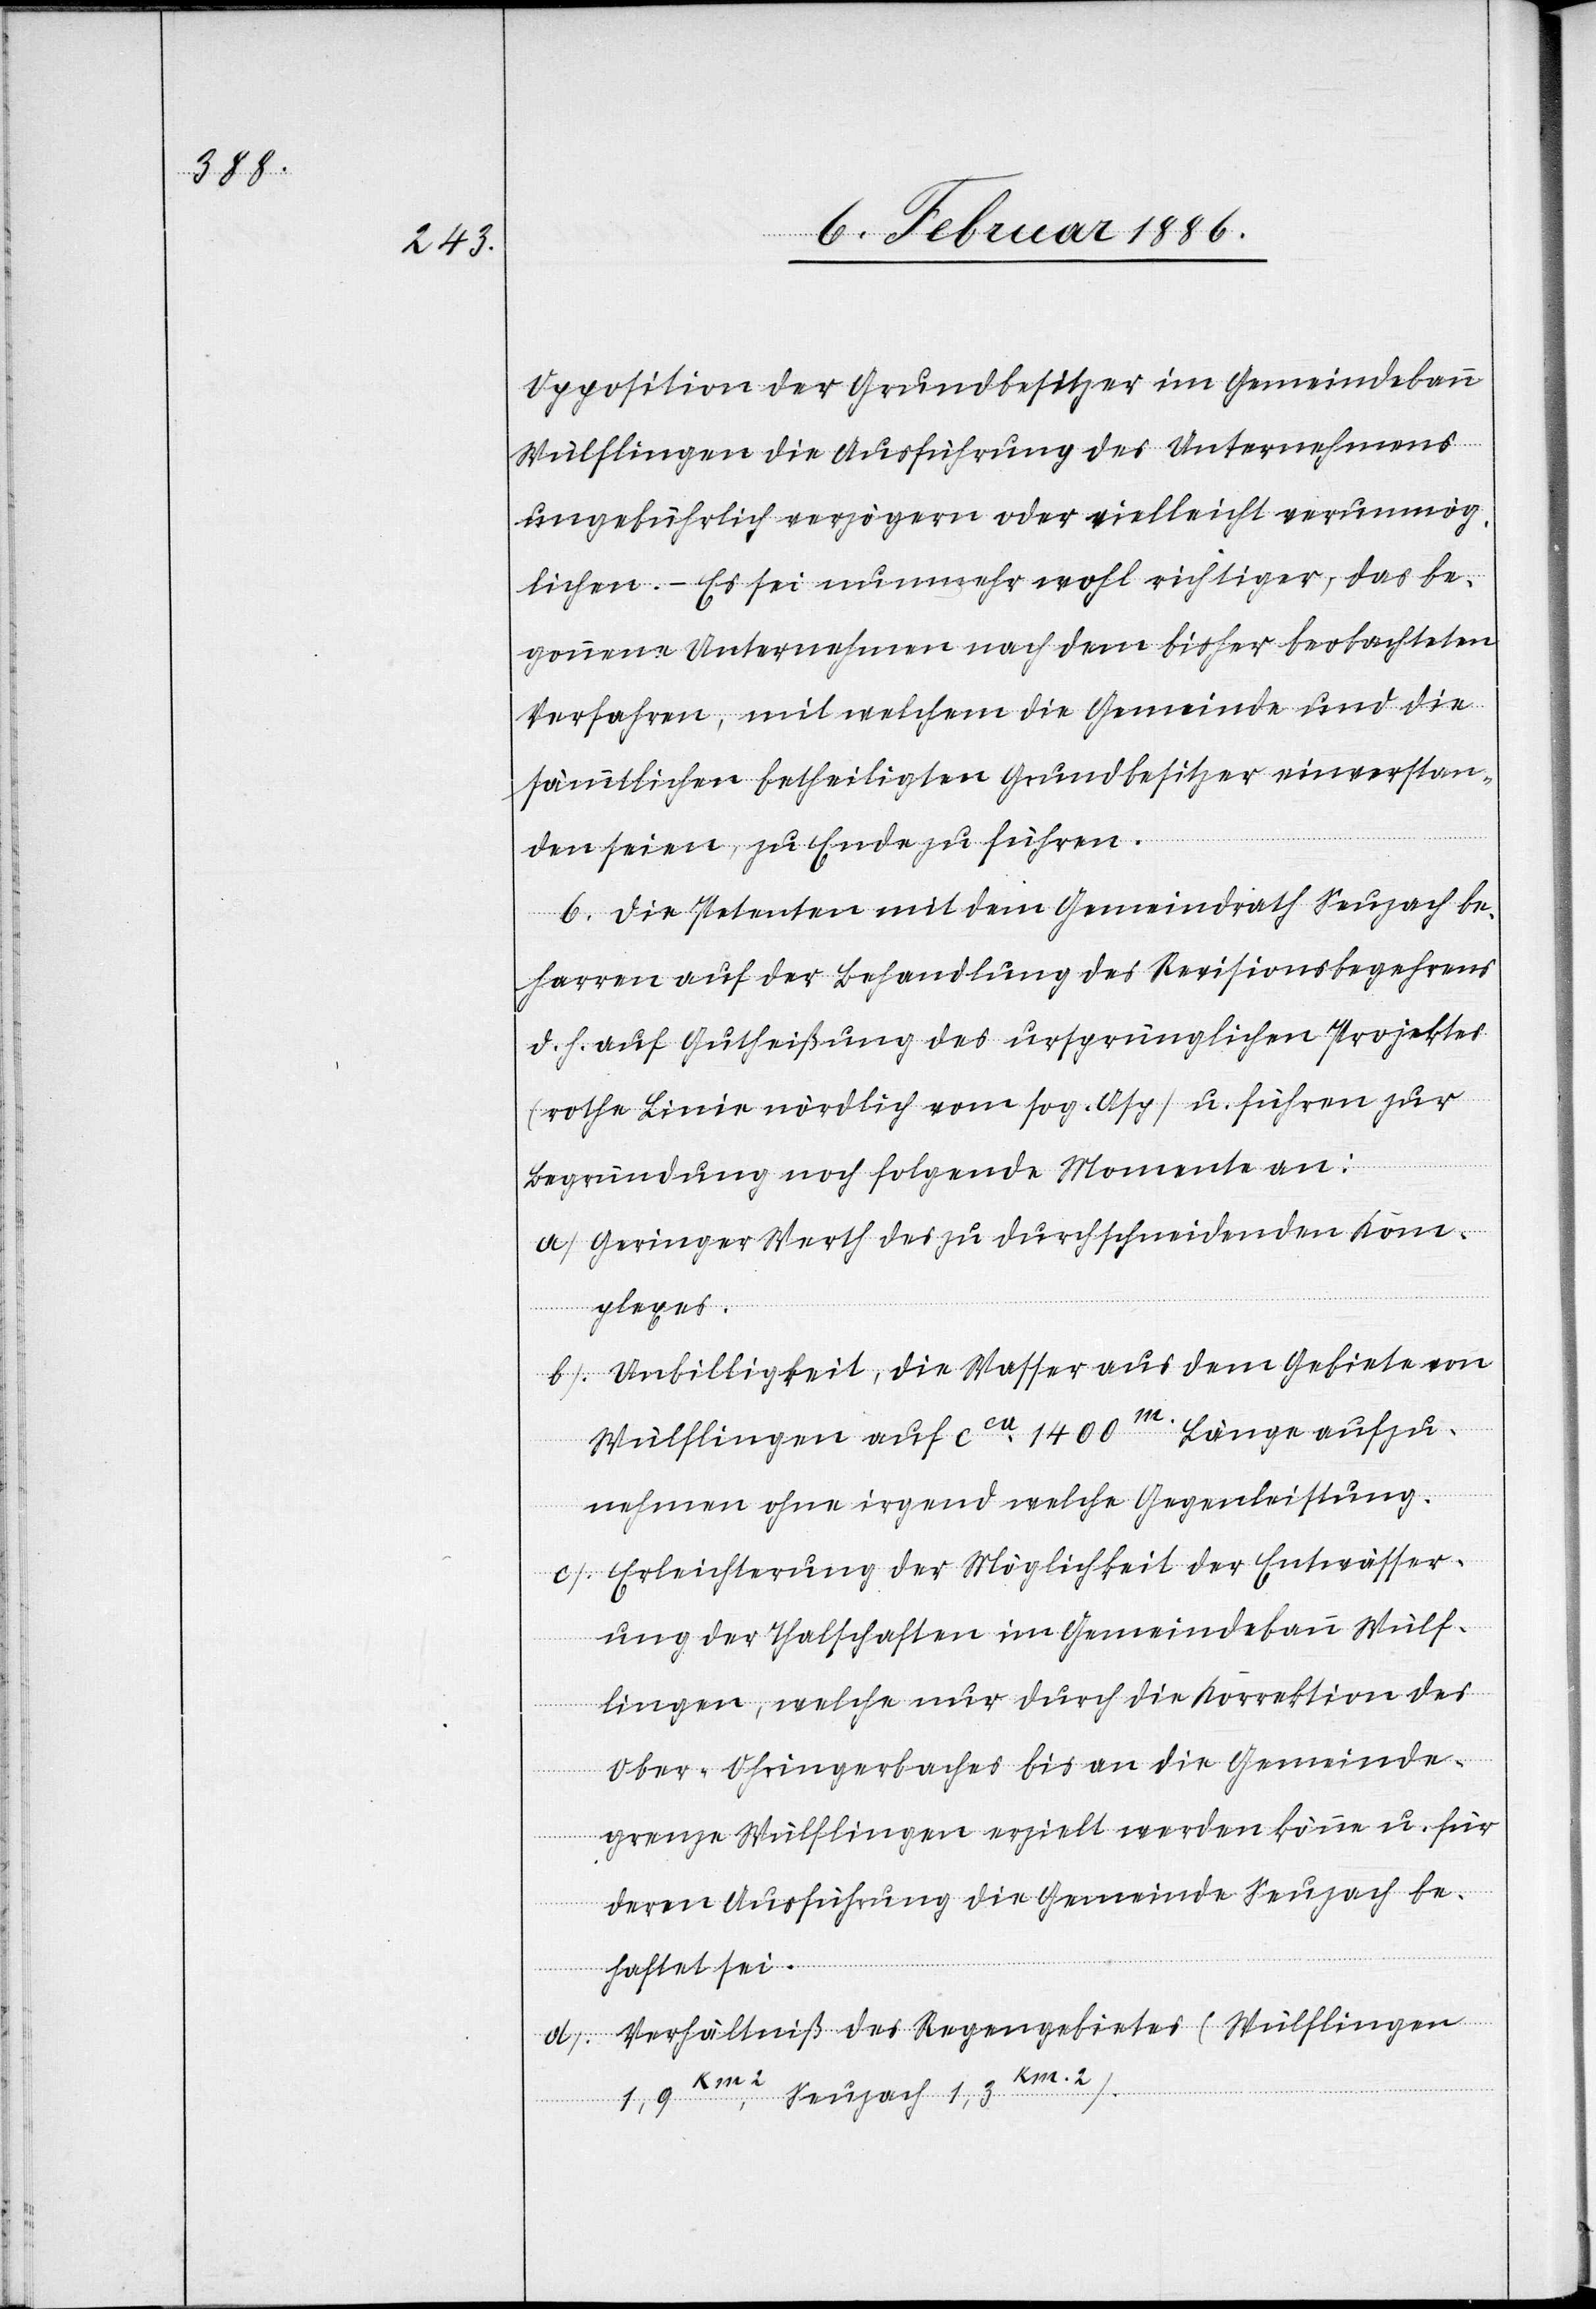
Opposition der Grundbesitzer im Gemeindebann
Wülflingen die Ausführung des Unternehmens
ungebührlich verzögern oder vielleicht verunmög¬
lichen. – Es sei nunmehr wohl richtiger, das be¬
gonnene Unternehmen nach dem bisher beobachteten
Verfahren, mit welchem die Gemeinde und die
sämmtlichen betheiligten Grundbesitzer einverstan¬
den seien, zu Ende zu führen.
6. Die Petenten mit dem Gemeindrath Seuzach be¬
harren auf der Behandlung des Revisionsbegehrens
d. h. auf Gutheißung des ursprünglichen Projektes
(rothe Linie nördlich vom sog. Asp) u. führen zur
Begründung noch folgende Momente an:
a) Geringer Werth des zu durchschneidenden Kom¬
plexes.
b) Unbilligkeit, die Wasser aus dem Gebiete von
Wülflingen auf cca 1400m. Länge aufzu¬
nehmen ohne irgend welche Gegenleistung.
c) Erleichterung der Möglichkeit der Entwässer¬
ung der Thalschaften im Gemeindebann Wülf¬
lingen, welche nur durch die Korrektion des
Ober-Ohringerbaches bis an die Gemeinde¬
grenze Wülflingen erzielt werden können u. für
deren Ausführung die Gemeinde Seuzach be¬
haftet sei.
d) Verhältniß des Regengebietes (Wülflingen
1,9 km2, Seuzach 1,3 km2).